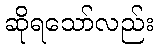
ဆိုရသော်လည်း